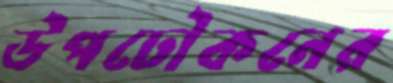
উপঢৌকনের